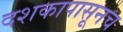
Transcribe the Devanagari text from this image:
दशकापासूनच